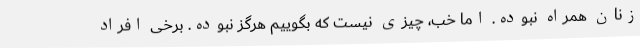
زنان همراه نبوده. اما خب، چیزی نیست که بگوییم هرگز نبوده. برخی افراد